Vaccination in Bombay 1889-1901 - 1889-1901
Year: 1889
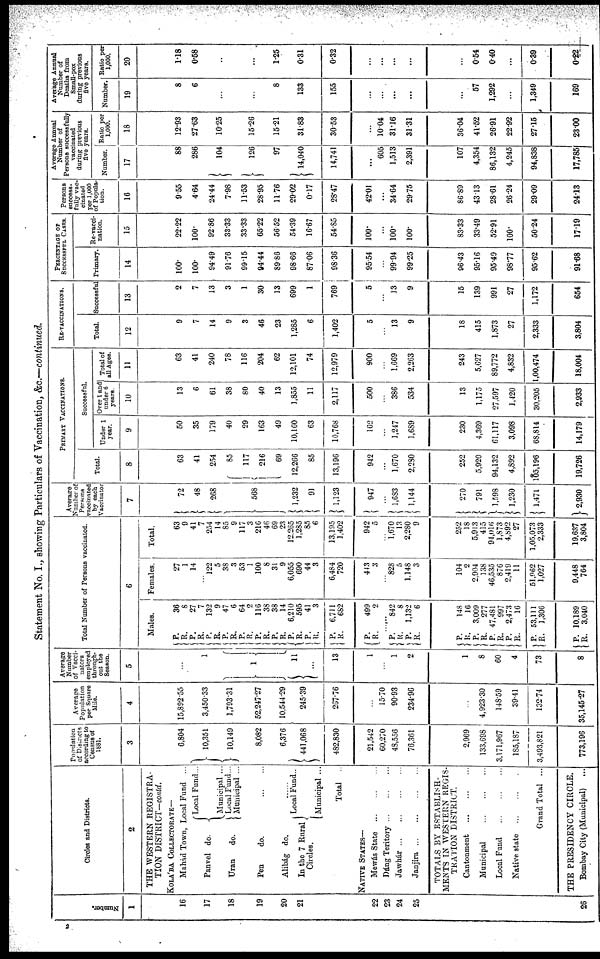
Statement No. I., showing Particulars of Vaccination, &c.—continued.
Number.
1
16
17
18
19
20
21
22
23
24
25
26
Circles and Districts.
2
THE WESTERN REGISTRA-
TION DISTRICT—contd.
KOLÁBA COLLECTORATE—
Mahád Town, Local Fund ...
Panvel do.
Uran
do.
Local Fund...
Municipal ...
Local Fund...
Municipal ...
Pen
do.
...
...
Alibág do.
In the 7 Rural
Circles.
Local Fund..
Municipal ...
Total ...
NATIVE STATES—
Mewás State
...
...
...
Dáng
Teritory...
...
...
Jawhár...
...
...
...
Janjira...
...
...
...
TOTALS BY ESTABLISH-
MENTS IN WESTERN REGIS-
TRATION DISTRICT.
Cantonment
...
...
...
Municipal
...
...
...
Local Fund
...
...
...
Native state
...
...
...
Grand Total ...
THE PRESIDENCY CIRCLE.
Bombay City (Municipal) ...
Population
of Districts
according to
Census of
1881.
3
6,804
10,351
10,149
8,082
6,376
441,068
482,830
21,542
60,270
48,556
76,361
2,969
133,698
3,171,967
185,187
3,493,821
773,196
Average
Population
per Square
Mile.
4
15,892.55
3,450.33
1,793.31
52,247.27
10,544.29
245.39
267.76
...
15.70
90.93
234.96
...
4,923.30
148.59
39.41
132.74
35,145.27
Average
Number
of Vacci¬
nators
employed
through-
out the
Season.
5
...
1
1
11
...
13
1
...
1
2
1
8
60
4
73
8
Total Number of Persons vaccinated.
6
Males.
P.
R.
P.
R.
P.
R.
P.
R. P.
R.
P.
R.
P.
R.
P.
R.
P.
R.
P.
R.
36
8
27
7
132
9
47
6
64
2
116
38
38
14
6,210
595
41
3
6,711
682
P. R. 499
2
......
P. R.
P.
R.
842
8
1,132
6
P. R.
P.
R.
P.
R.
P.
R.
P.
R.
148
16
3,009
277
47,481
997
2,473
16
53,111
1,306
P.
R.
10,189
3,040
Females.
27
1
14
...
122
5
38
3
53
1
100
8
31
9
6,055
690
44
3
6,484
720
443
3
...
828
5
1,148
3
104
2
2,904
138
46,535
876
2,419
11
51,062
1,027
9,448
764
Total.
63
9
41
7
254
14
85
9
117
3
216
46
69
23
12,265
1,285
85
6
13,195
1,402
942
5
...
1,670
13
2,280
9
252
18
5,913
415
94,016
1,873
4,892
27
1,05,073
2,333
19,637
3,804
Average
Number of
Persons
vaccinated
by each
Vaccinator
7
72
48
268
568
1,232
91
1,123
947
...
1,683
1,144
270
791
1,598
1,230
1,471
2,930
PRIMARY VACCINATIONS.
Total.
8
63
41
254
85
117
216
69
12,266
85
13,196
942
...
1,670
2,280
252
5,920
94,132
4,892
105,196
19,726
Successful.
Under 1
year.
9
50
35
179
40
29
163
49
10,160
63
10,768
162
...
1,247
1,689
230
4,369
61,117
3,098
68,814
14,179
Over 1 and
under 6
years.
10
13
6
61
38
80
40
13
1,855
11
2,117
500
...
386
534
13
1,175
27,597
1,420
30,205
2,933
Total of
all Ages.
11
63
41
240
78
116
204
62
12,101
74
12,979
900
...
1,669
2,263
243
5,627
89,772
4,832
1,00,474
18,004
RE-VACCINATIONS.
Total.
12
9
7
14
9
3
46
23
1,285
6
1,402
5
...
13
9
18
415
1,873
27
2,333
3,804
Successful
13
2
7
13
3
1
30
13
699
1
769
5
...
13
9
15
139
991
27
1,172
654
PERCENTAGE OF
SUCCESSFUL CASES.
Primary.
14
100.
100.
94.49
91.76
99.15
94.44
89.86
98.66
87.06
98.36
95.54
...
99.94
99.25
96.43
95.16
95.49
98.77
95.62
91.68
Re-vacci-
nation.
15
22.22
100.
92.86
33.33
33.33
65.22
56.52
54.39
16.67
54.85
100.
...
100.
100.
83.33
33.49
52.91
100.
50.24
17.19
Persons
success-
fully vac
cinated
per 1,000
of Popula¬
tion.
16
9.55
4.64
24.44
7.98
11.53
28.95
11.76
29.02
0.17
28.47
42.01
...
34.64
29.75
86.89
43.13
28.61
26.24
29.09
24.13
Average Annual
Number of
Persons successfully
vaccinated
during previous
five years.
Number.
17
88
286
104
126
97
14,040
14,741
...
605
1,513
2,391
107
4,354
86,132
4,245
94,838
17,785
Ratio per
1,000.
18
12.93
27.63
10.25
15.26
15.21
31.83
30.53
...
10.04
31.16
31.31
36.04
41.52
26.91
22.92
27.15
23.00
Average Annual
Number of
Deaths from
Small-pox
during previous
five years.
Number.
19
8
6
...
...
8
133
155
...
...
...
...
...
57
1,292
...
1,349
169
Ratio per
1,000.
20
1.18
0.58
...
...
1.25
0.31
0.32
...
...
...
...
...
0.54
0.40
...
0.39
0.22
2